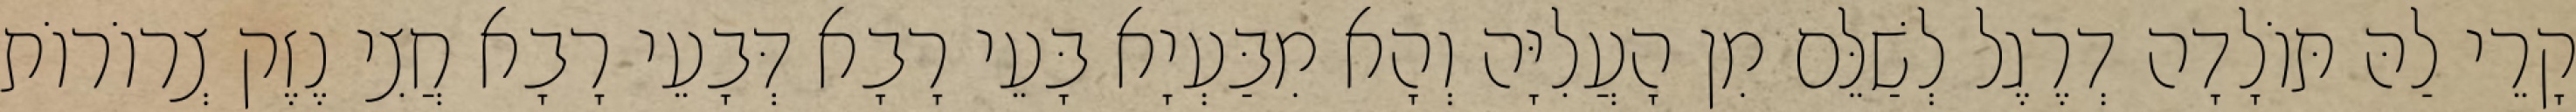
קָרֵי לַהּ תּוֹלָדָה דְרֶגֶל לְשַׁלֵּם מִן הָעֲלִיָּה וְהָא מִבַּעְיָא בָּעֵי רָבָא דְּבָעֵי רָבָא חֲצִי נֶזֶק צְרוֹרוֹת